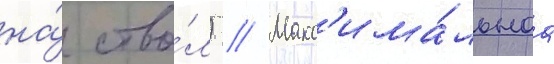
на́ ство́л) // Макс'има́льнаа